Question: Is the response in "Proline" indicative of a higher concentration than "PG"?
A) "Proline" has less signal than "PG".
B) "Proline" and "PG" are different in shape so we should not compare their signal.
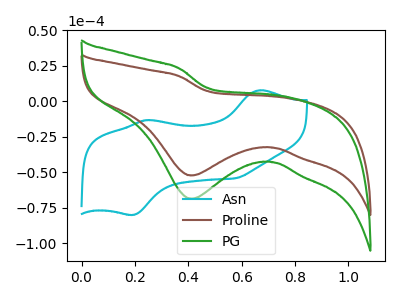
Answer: <think>The cyan curve "Asn" has anodic peaks at (0.65V, 7.65uA) (0.25V, -13.30uA) and cathodic peaks at (0.20V, -80.05uA) (0.60V, -54.30uA). The brown curve "Proline" has a cathodic peak at: (0.40V, -52.35uA). The green curve "PG" has a cathodic peak at: (0.40V, -68.75uA).
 All the peaks in "Proline" have a peak in "PG" at the same potential. Every peak in "Proline" is lower than every peak in "PG".</think>
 <answer>A) "Proline" has less signal than "PG".</answer>
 <eval>A</eval>